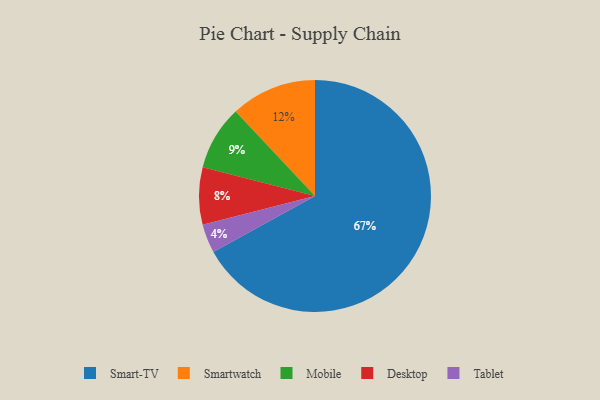
{"axis": {"x": "Category", "y": "Percentage"}, "legend": ["Desktop", "Mobile", "Smart-TV", "Smartwatch", "Tablet"], "data": [{"x": "Desktop", "y": 8, "type": "Desktop"}, {"x": "Mobile", "y": 9, "type": "Mobile"}, {"x": "Smart-TV", "y": 67, "type": "Smart-TV"}, {"x": "Smartwatch", "y": 12, "type": "Smartwatch"}, {"x": "Tablet", "y": 4, "type": "Tablet"}]}